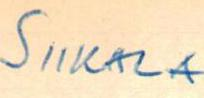
SIIKALA